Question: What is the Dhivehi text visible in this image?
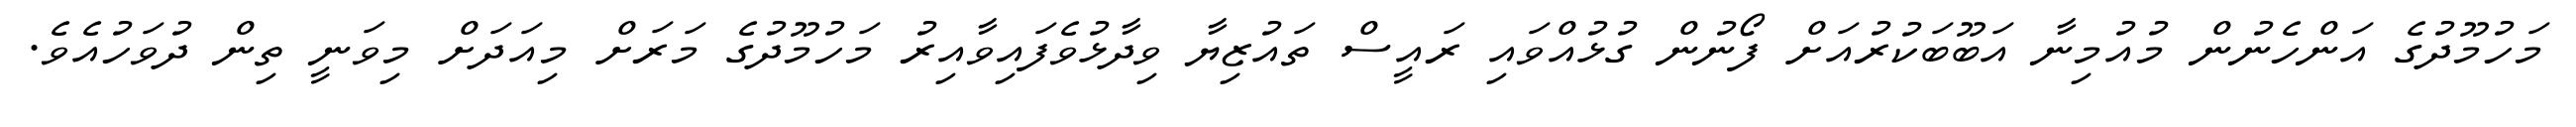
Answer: މަހުމޫދުގެ އަންހެނުން މުއުމިނާ އަބޫބަކުރުއަށް ފޯނުން ގުޅުއްވައި ރައީސް ތައުޒިޔާ ވިދާޅުވެފައިވާއިރު މަހުމޫދުގެ މަރަށް މިއަދަށް މިވަނީ ތިން ދުވަހުއެވެ.